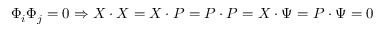
\Phi _ { i } \Phi _ { j } = 0 \Rightarrow X \cdot X = X \cdot P = P \cdot P = X \cdot \Psi = P \cdot \Psi = 0